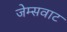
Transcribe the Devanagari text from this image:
जेम्सवाट